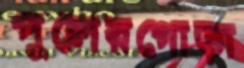
পুলেরগোড়া